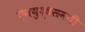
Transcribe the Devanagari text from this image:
ऍनयुद्धसमयी